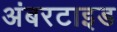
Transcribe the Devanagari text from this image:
अंबरटाइड